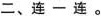
二、连一连。